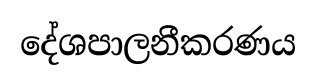
දේශපාලනීකරණය